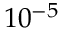
1 0 ^ { - 5 }